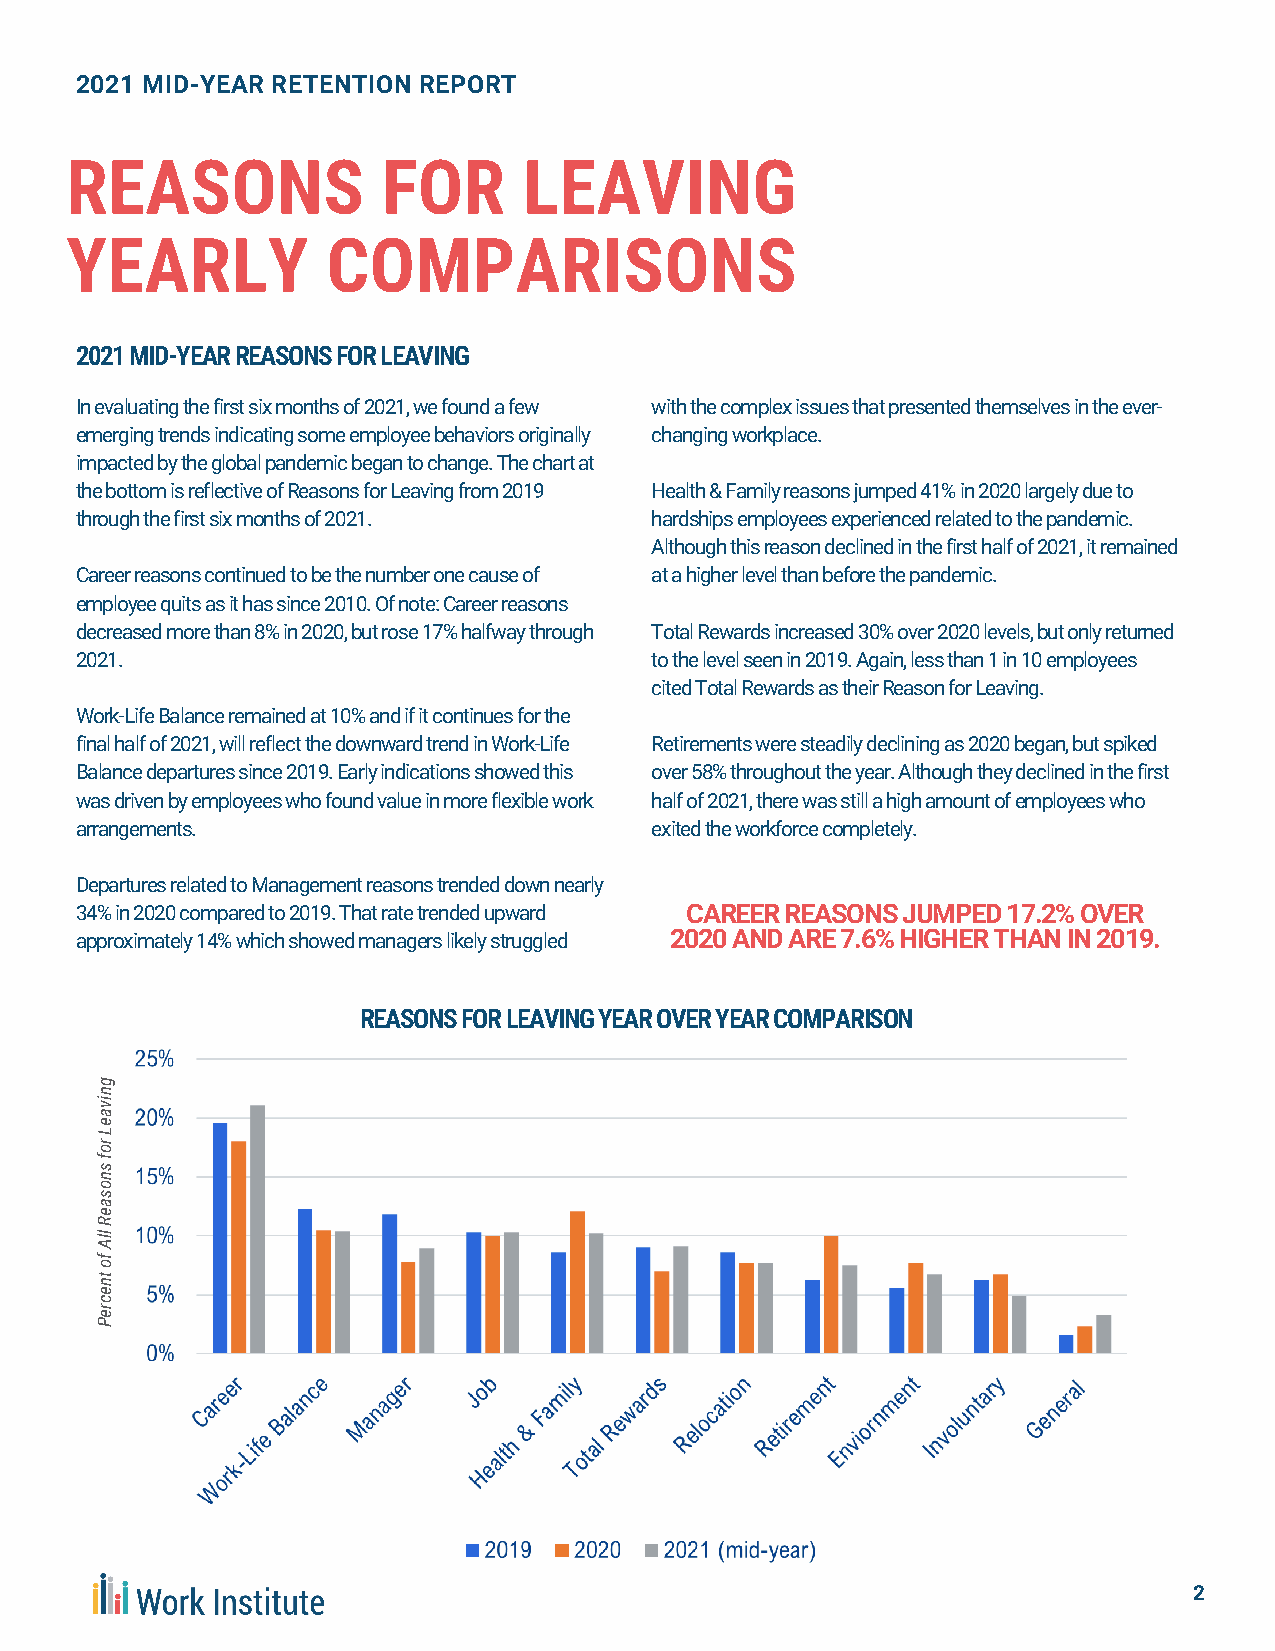
2021 MID-YEAR RETENTION REPORT
 REASONS              FOR       LEAVING
 YEARLY            COMPARISONS
 2021 MID-YEAR REASONS FOR LEAVING
 In evaluating the first six months of 2021, we found a few with the complex issues that presented themselves in the ever-
 emerging trends indicating some employee behaviors originally changing workplace.
 impacted by the global pandemic began to change. The chart at
 the bottom is reflective of Reasons for Leaving from 2019 Health & Family reasons jumped 41% in 2020 largely due to
 through the first six months of 2021. hardships employees experienced related to the pandemic.
 Although this reason declined in the first half of 2021, it remained
 Career reasons continued to be the number one cause of at a higher level than before the pandemic.
 employee quits as it has since 2010. Of note: Career reasons
 decreased more than 8% in 2020, but rose 17% halfway through Total Rewards increased 30% over 2020 levels, but only returned
 2021.                                 to the level seen in 2019. Again, less than 1 in 10 employees
 cited Total Rewards as their Reason for Leaving.
 Work-Life Balance remained at 10% and if it continues for the
 final half of 2021, will reflect the downward trend in Work-Life Retirements were steadily declining as 2020 began, but spiked
 Balance departures since 2019. Early indications showed this over 58% throughout the year. Although they declined in the first
 was driven by employees who found value in more flexible work half of 2021, there was still a high amount of employees who
 arrangements.                         exited the workforce completely.
 Departures related to Management reasons trended down nearly
 34% in 2020 compared to 2019. That rate trended upward CAREER REASONS JUMPED 17.2% OVER
 approximately 14% which showed managers likely struggled 2020 AND ARE 7.6% HIGHER THAN IN 2019.
 REASONS FOR LEAVING YEAR OVER YEAR COMPARISON
 g
 n
 vi
 a
 e
 L
 or
 s
 f
 n
 o
 s
 a
 e
 R
 All
 of
 nt
 e
 c
 er
 P
 2